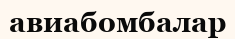
авиабомбалар